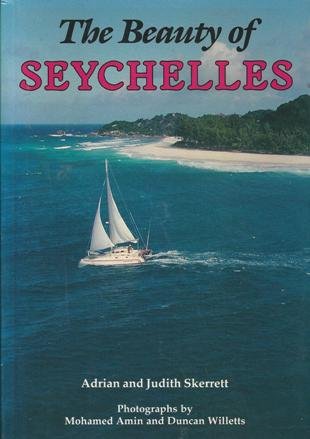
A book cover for The Beauty of Seychelles; Adrian Skerrett; Travel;